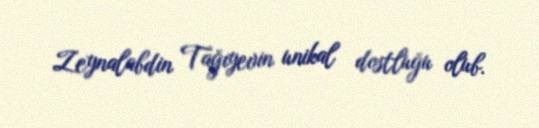
Zeynalabdin Tağıyevin unikal dostluğu olub.